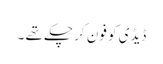
ڈیڈی کو فون کر چکے تھے ۔